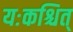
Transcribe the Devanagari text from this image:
यःकश्चित्